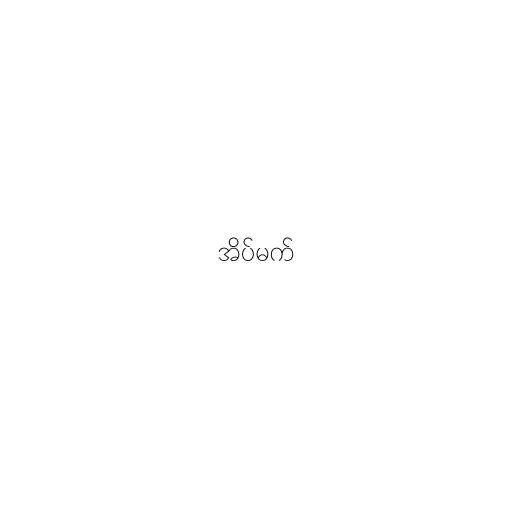
အိပ်မက်